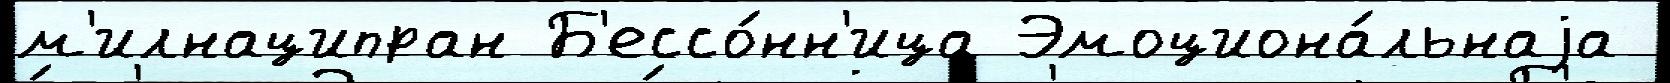
м'илнаципран Б'ессо́нн'ица Эмоциона́льнаjа